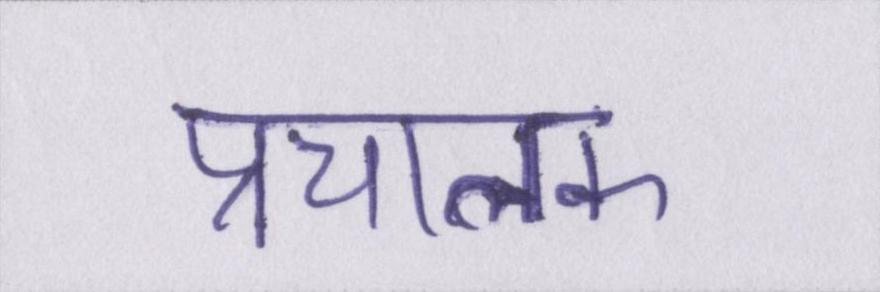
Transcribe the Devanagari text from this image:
प्रचालक